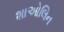
શાઓલિન